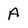
Character: A